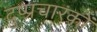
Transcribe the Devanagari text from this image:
दुष्प्रचारकों